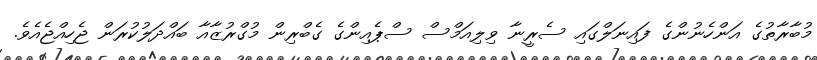
މުބާރާތުގެ އަންހެނުންގެ ފައިނަލްގައި ސެރީނާ ވިލިއަމްސް ސްޕެއިންގެ ގެބްރިން މުގްރުޒާއާ ބައްދަލުކުރަން ޖެހިއްޖެއެވެ.